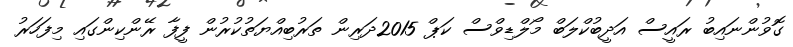
ގޮވުންނައިބު ރައީސް އަދީބުކްލަބް މޯލްޑިވްސް ކަޕް 2015ދަރިން ތަރުބިއްޔަތުކުރުން ފީފާ ރޭންކިންގައި މިފަހަރު